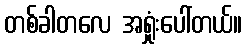
တစ်ခါတလေ အရှုံးပေါ်တယ်။